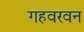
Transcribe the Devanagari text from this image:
गहवरवन